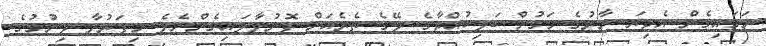
ނަގައިގެން އެދިޔަ ނާރުގެ މަގުން ބަލިކުއްޖާގެ ލޭގެ ތެރެއަށް ފޮނުވާލައިގެންނެވެ. މިފަރުވާ ދިނުމުގެ